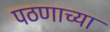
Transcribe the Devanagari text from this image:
पठणाच्या